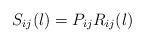
LaTeX: \begin{align*}S_{ij}(\l)=P_{ij}R_{ij}(\l)\end{align*}